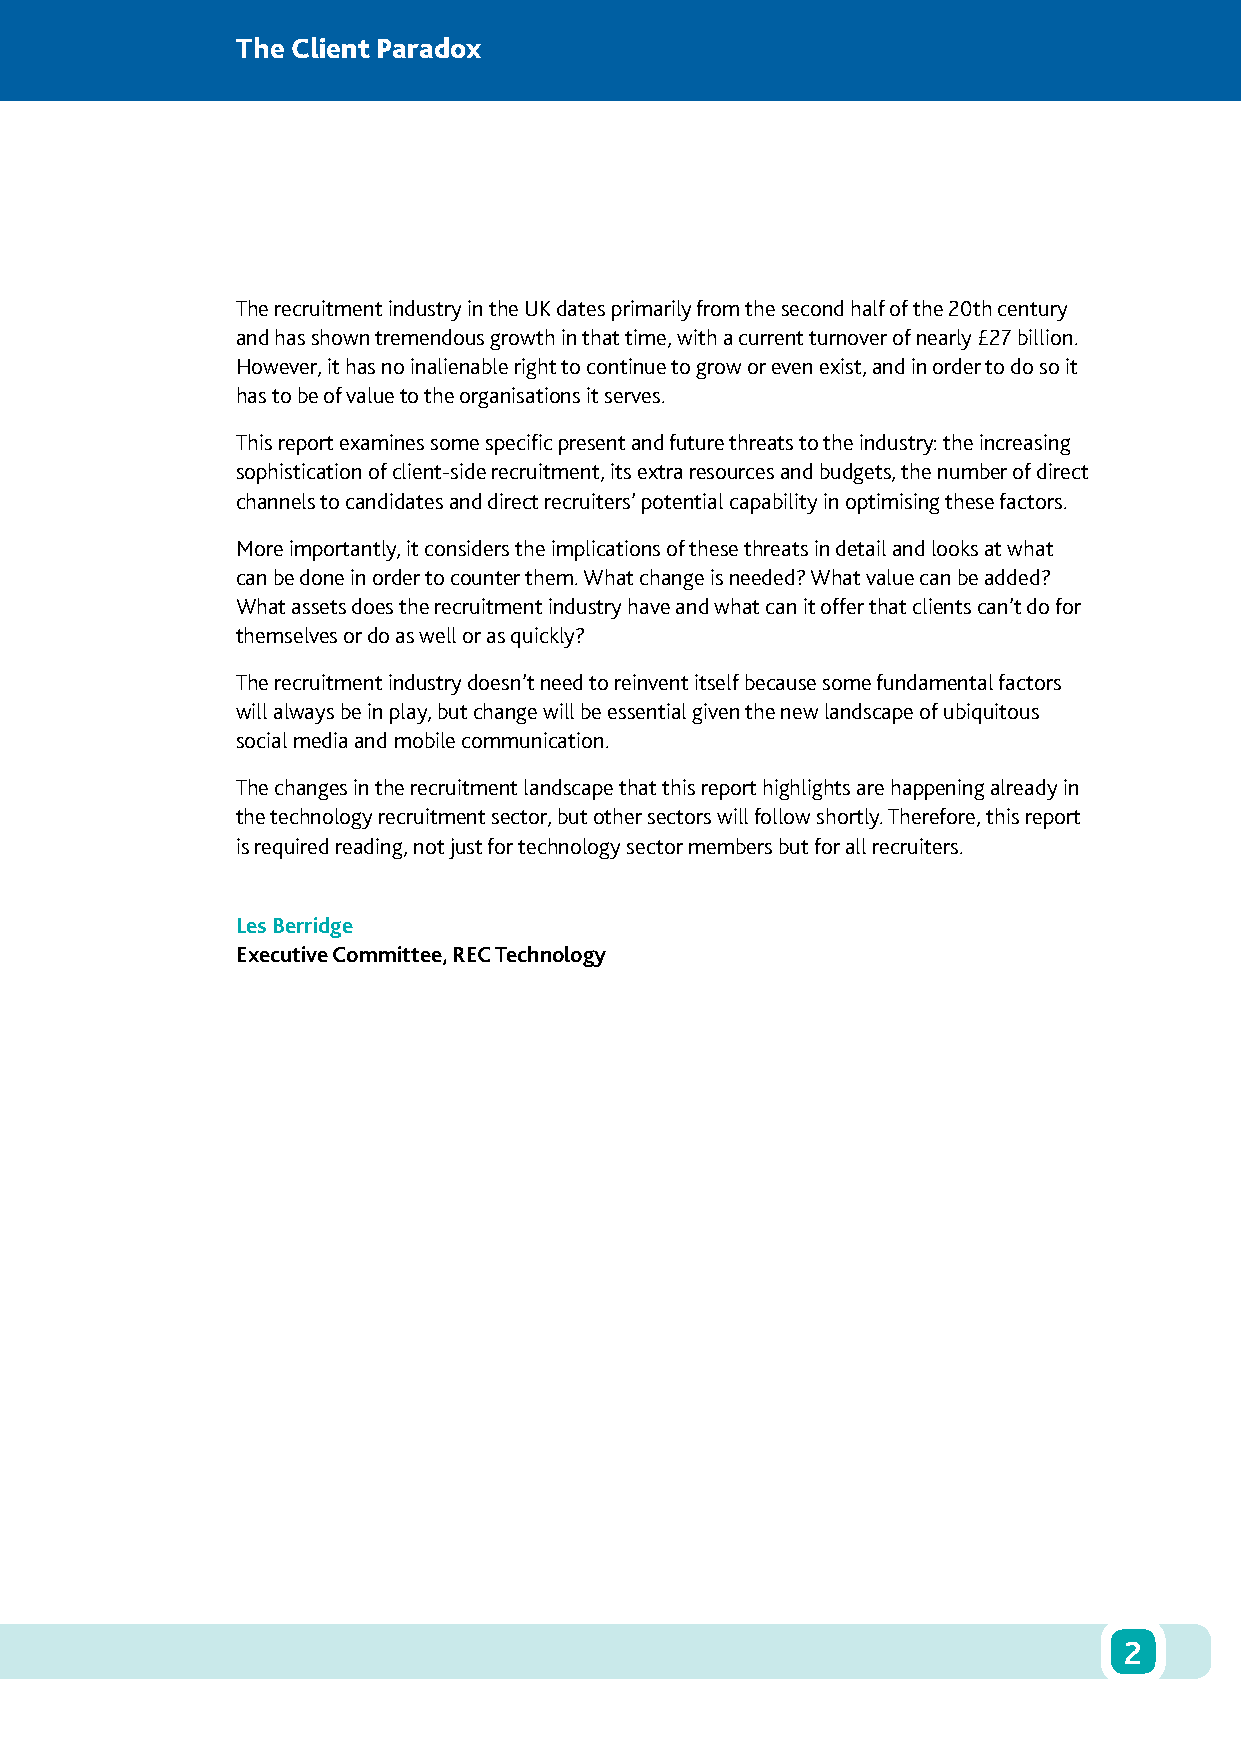
The Client Paradox
 The recruitment industry in the UK dates primarily from the second half of the 20th century
 and has shown tremendous growth in that time, with a current turnover of nearly £27 billion.
 However, it has no inalienable right to continue to grow or even exist, and in order to do so it
 has to be of value to the organisations it serves.
 This report examines some specific present and future threats to the industry: the increasing
 sophistication of client-side recruitment, its extra resources and budgets, the number of direct
 channels to candidates and direct recruiters’ potential capability in optimising these factors.
 More importantly, it considers the implications of these threats in detail and looks at what
 can be done in order to counter them. What change is needed? What value can be added?
 What assets does the recruitment industry have and what can it offer that clients can’t do for
 themselves or do as well or as quickly?
 The recruitment industry doesn’t need to reinvent itself because some fundamental factors
 will always be in play, but change will be essential given the new landscape of ubiquitous
 social media and mobile communication.
 The changes in the recruitment landscape that this report highlights are happening already in
 the technology recruitment sector, but other sectors will follow shortly. Therefore, this report
 is required reading, not just for technology sector members but for all recruiters.
 Les Berridge
 Executive Committee, REC Technology
 2